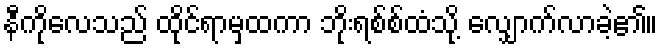
နီကိုလေသည် ထိုင်ရာမှထကာ ဘိုးရစ်စ်ထံသို့ လျှောက်လာခဲ့၏။